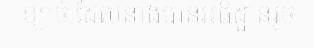
ខ្សាច់ ដែលនាងបានអធិដ្ឋានរួច